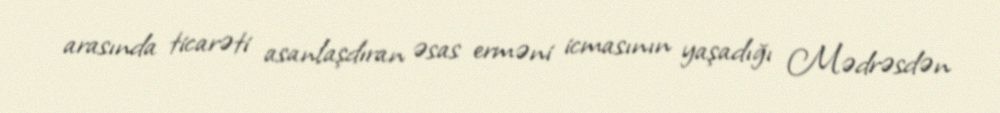
arasında ticarəti asanlaşdıran əsas erməni icmasının yaşadığı Mədrəsdən